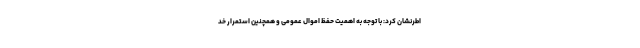
اطرنشان کرد: با توجه به اهمیت حفظ اموال عمومی و همچنین استمرار خد